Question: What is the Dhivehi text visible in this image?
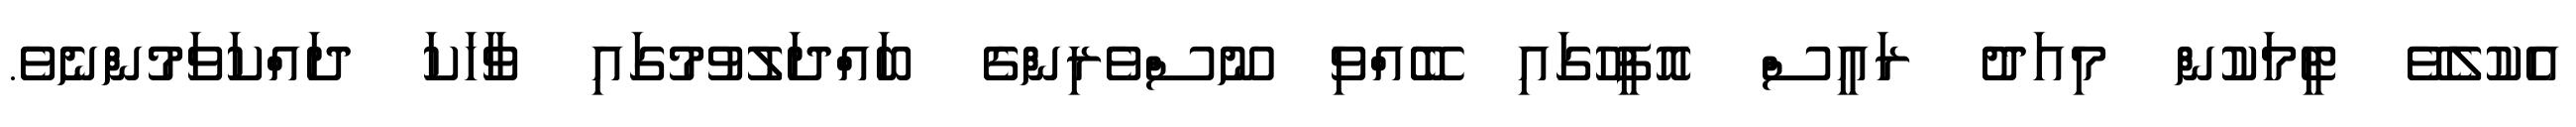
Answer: އެކުލެވޭ ޓީމަކުން މިއަދު ރައީސް އޮފީހުގައި ބޭއްވި ނޫސްވެރިންގެ ބައްދަލުވުމުގައި ވާހަކަ ދައްކަވަމުންނެވެ.